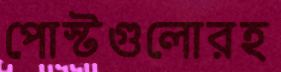
পোস্টগুলোরহ